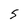
Character: S